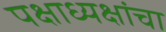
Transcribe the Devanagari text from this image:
पक्षाध्यक्षांचा